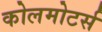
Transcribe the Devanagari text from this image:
कोलमोटर्स